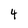
Character: 4